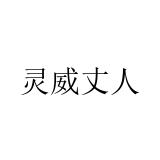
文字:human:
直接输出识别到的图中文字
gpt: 灵威丈人